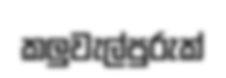
කලුවැල්පුරුක්